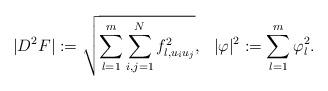
LaTeX: \begin{align*}|D^2F|:=\sqrt{\sum_{l=1}^m\sum_{i,j=1}^N f_{l,u_i u_j}^2},\ \ |\varphi|^2:=\sum_{l=1}^m\varphi_l^2.\end{align*}